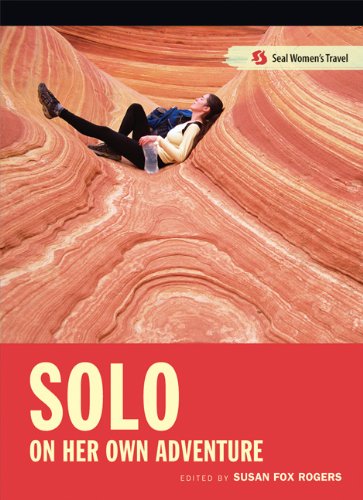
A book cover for Solo: On Her Own Adventure (Seal Women's Travel); Sports & Outdoors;